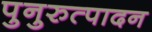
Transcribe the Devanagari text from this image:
पुनुरुत्पादन